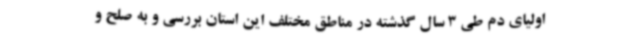
اولیای دم طی 3 سال گذشته در مناطق مختلف این استان بررسی و به صلح و